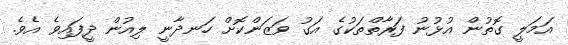
އަމަލީ ގޮތުން އުޅުނު ފަރާތްތަކުގެ އަގު ވަޒަންކޮށް ހަނދާނީ ލިއުން ދީފައިވެ އެވެ.